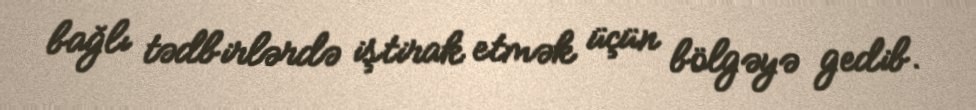
bağlı tədbirlərdə iştirak etmək üçün bölgəyə gedib.